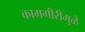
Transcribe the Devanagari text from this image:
कामगीरीमुळे